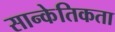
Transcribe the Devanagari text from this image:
सान्केतिकता